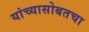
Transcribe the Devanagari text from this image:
यांच्यासोबतचा